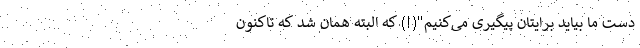
دست ما بیاید برایتان پیگیری می‌کنیم"(!) که البته همان شد که تاکنون